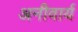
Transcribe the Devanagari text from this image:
अनीवार्य